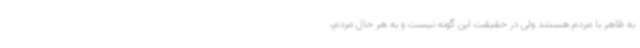
به ظاهر با مردم هستند ولی در حقیقت این گونه نیست و به هر حال مردم،